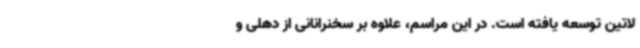
لاتین توسعه یافته است. در این مراسم، علاوه بر سخنرانانی از دهلی و